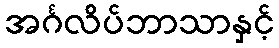
အင်္ဂလိပ်ဘာသာနှင့်